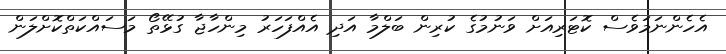
އެހެންނަމަވެސް ކޮޓަރިއަށް ވަނުމުގެ ކުރިން ބަލްމާ އަދި އެއްފަހަރު މިންހާޖާ ގުޅޭތޯ މަސައްކަތްކޮށްލަން